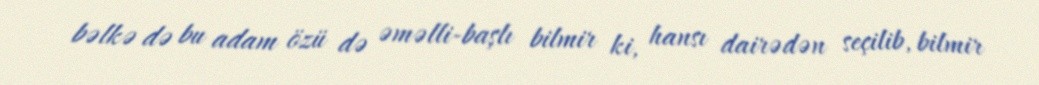
bəlkə də bu adam özü də əməlli-başlı bilmir ki, hansı dairədən seçilib, bilmir